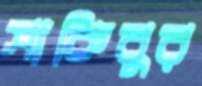
সাকিবুর